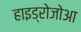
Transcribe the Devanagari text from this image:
हाइड्रोजोआ